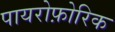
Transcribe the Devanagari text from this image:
पायरोफ़ोरिक